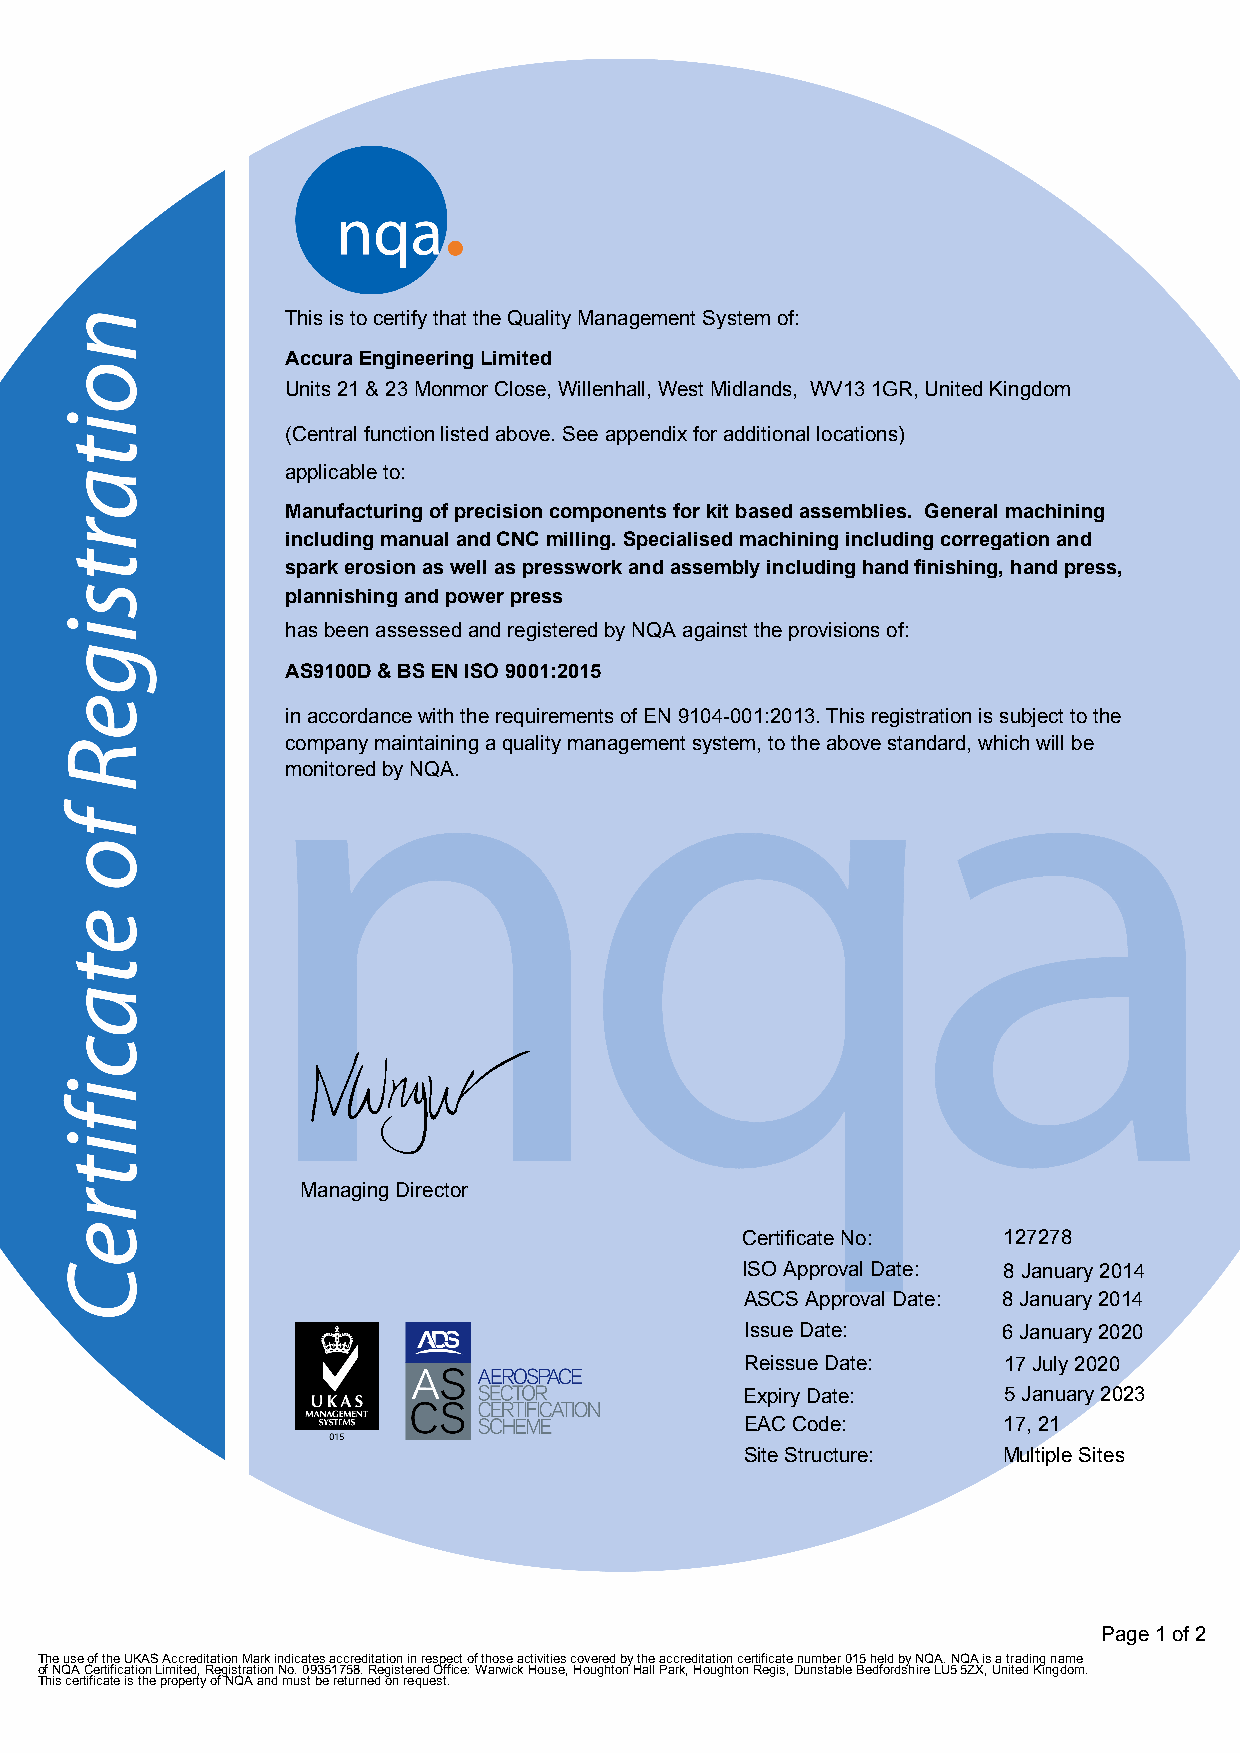
This is to certify that the Quality Management System of:
 Accura Engineering Limited
 Units 21 & 23 Monmor Close, Willenhall, West Midlands, WV13 1GR, United Kingdom
 (Central function listed above. See appendix for additional locations)
 applicable to:
 Manufacturing of precision components for kit based assemblies. General machining
 including manual and CNC milling. Specialised machining including corregation and
 spark erosion as well as presswork and assembly including hand finishing, hand press,
 plannishing and power press
 has been assessed and registered by NQA against the provisions of:
 AS9100D & BS EN ISO 9001:2015
 in accordance with the requirements of EN 9104-001:2013. This registration is subject to the
 company maintaining a quality management system, to the above standard, which will be
 monitored by NQA.
 F
 Managing Director
 Certificate No:  127278
 ISO Approval Date: 8 January 2014
 ASCS Approval Date: 8 January 2014
 Issue Date:      6 January 2020
 Reissue Date:    17 July 2020
 Expiry Date:     5 January 2023
 EAC Code:        17, 21
 Site Structure:  Multiple Sites
 Page 1 of 2
 The use of the UKAS Accreditation Mark indicates accreditation in respect of those activities covered by the accreditation certificate number 015 held by NQA. NQA is a trading name
 of NQA Certification Limited, Registration No. 09351758. Registered Office: Warwick House, Houghton Hall Park, Houghton Regis, Dunstable Bedfordshire LU5 5ZX, United Kingdom.
 This certificate is the property of NQA and must be returned on request.